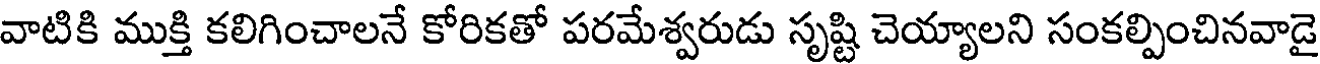
వాటికి ముక్తి కలిగించాలనే కోరికతో పరమేశ్వరుడు సృష్టి చెయ్యాలని సంకల్పించినవాడై